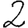
Digit: 2